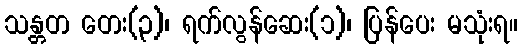
သန္တတ တေး(၃)၊ ရက်လွန်ဆေး(၁)၊ ပြန်ပေး မသုံးရ။